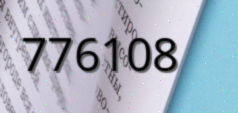
776108